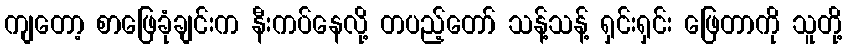
ကျတော့ စာဖြေခုံချင်းက နီးကပ်နေလို့ တပည့်တော် သန့်သန့် ရှင်းရှင်း ဖြေတာကို သူတို့